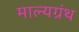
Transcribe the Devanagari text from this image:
माल्यग्रंथ